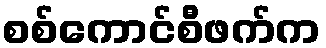
စစ်ကောင်စီဖက်က